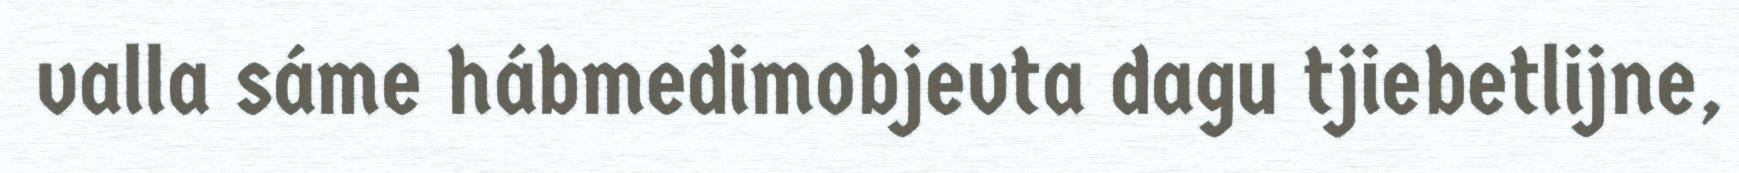
valla sáme hábmedimobjevta dagu tjiebetlijne,